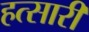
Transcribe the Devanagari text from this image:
हत्सारी